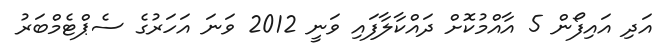
އަދި އައިފޯން 5 އާއްމުކޮށް ދައްކާލާފައި ވަނީ 2012 ވަނަ އަހަރުގެ ސެޕްޓެމްބަރު